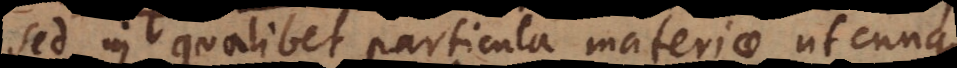
sed in qualibet particula materiae utcunque